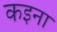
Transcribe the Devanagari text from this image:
कइना